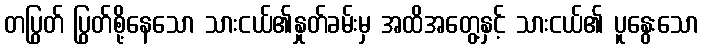
တပြွတ် ပြွတ်စို့နေသော သားငယ်၏နှုတ်ခမ်းမှ အထိအတွေ့နှင့် သားငယ်၏ ပူနွေးသော